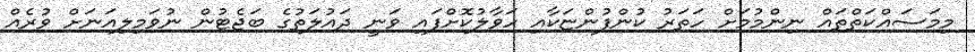
މިމަސައްކަތްތައް ނިންމުމަށް ހަތަރު ކުންފުންޏަކާއި ހަވާލުކޮށްފައި ވަނީ ދައުލަތުގެ ބަޖެޓުން ނުވަމިލިއަނަށް ވުރެއް